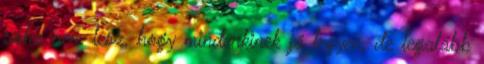
soha nem lesz, hogy mindenkinek jó legyen, de legalább